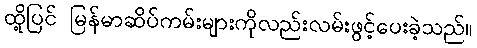
ထို့ပြင် မြန်မာဆိပ်ကမ်းများကိုလည်းလမ်းဖွင့်ပေးခဲ့သည်။